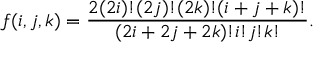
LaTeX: f ( i , j , k ) = \frac { 2 ( 2 i ) ! ( 2 j ) ! ( 2 k ) ! ( i + j + k ) ! } { ( 2 i + 2 j + 2 k ) ! i ! j ! k ! } .